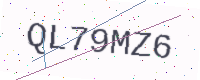
Text: QL79MZ6